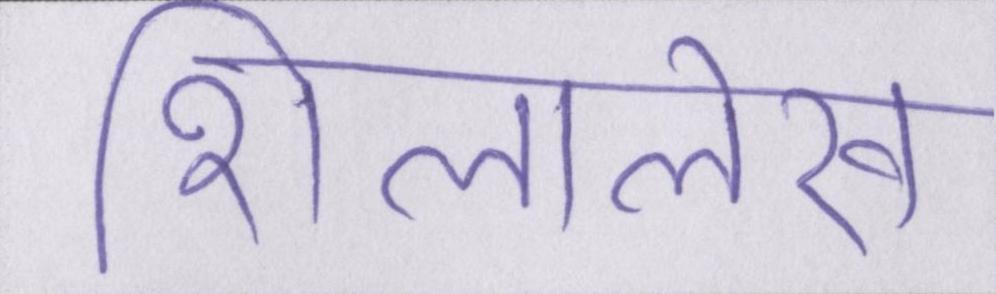
शिलालेख